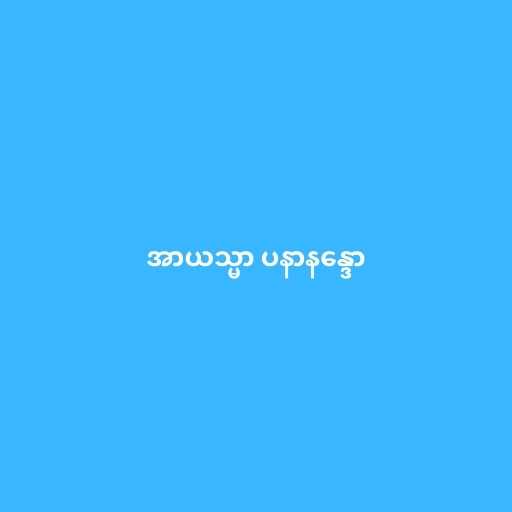
အာယသ္မာ ပနာနန္ဒော